Calcutta medical institutions reports 1871-78
Year: 1871
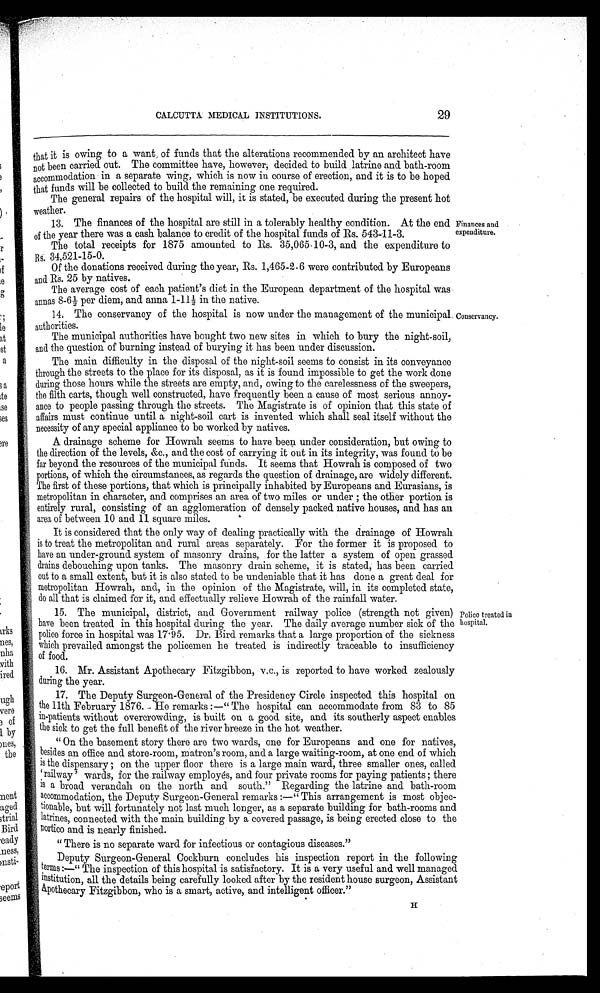
CALCUTTA MEDICAL INSTITUTIONS.
29
that it is owing to a want of funds that the alterations recommended by an architect have
not been carried out. The committee have, however, decided to build latrine and bath-room
accommodation in a separate wing, which is now in course of erection, and it is to be hoped
that funds will be collected to build the remaining one required.
The general repairs of the hospital will, it is stated, be executed during the present hot
weather .
13. The finances of the hospital are still in a tolerably healthy condition. At the end
of the year there was a cash balance to credit of the hospital funds of Rs. 543-11-3.
The total receipts for 1875 amounted to Rs. 35,065-10-3, and the expenditure to
Rs. 34,521-15-0.
Of the donations received during the year, Rs. 1,465-2-6 were contributed by Europeans
and Rs. 25 by natives.
The average cost of each patient's diet in the European department of the hospital was
annas 8-6½ per diem, and anna 1-11½ in the native.
Finances and
expenditure.
14. The conservancy of the hospital is now under the management of the municipal
authorities.
The municipal authorities have bought two new sites in which to bury the night-soil,
and the question of burning instead of burying it has been under discussion.
The main difficulty in the disposal of the night-soil seems to consist in its conveyance
through the streets to the place for its disposal, as it is found impossible to get the work done
during those hours while the streets are empty, and, owing to the carelessness of the sweepers,
the filth carts, though well constructed, have frequently been a cause of most serious annoy-
ance to people passing through the streets. The Magistrate is of opinion that this state of
affairs must continue until a night-soil cart is invented which shall seal itself without the
necessity of any special appliance to be worked by natives.
A drainage scheme for Howrah seems to have been under consideration, but owing to
the direction of the levels, &c., and the cost of carrying it out in its integrity, was found to be
far beyond the resources of the municipal funds. It seems that Howrah is composed of two
portions, of which the circumstances, as regards the question of drainage, are widely different.
The first of these portions, that which is principally inhabited by Europeans and Eurasians, is
metropolitan in character, and comprises an area of two miles or under; the other portion is
entirely rural, consisting of an agglomeration of densely packed native houses, and has an
area of between 10 and 11 square miles.
It is considered that the only way of dealing practically with the drainage of Howrah
is to treat the metropolitan and rural areas separately. For the former it is proposed to
have an under-ground system of masonry drains, for the latter a system of open grassed
drains debouching upon tanks. The masonry drain scheme, it is stated, has been carried
out to a small extent, but it is also stated to be undeniable that it has done a great deal for
metropolitan Howrah, and, in the opinion of the Magistrate, will, in its completed state,
do all that is claimed for it, and effectually relieve Howrah of the rainfall water.
Conservancy.
15. The municipal, district, and Government railway police (strength not given)
have been treated in this hospital during the year. The daily average number sick of the
police force in hospital was 17 . 95. Dr. Bird remarks that a large proportion of the sickness
which prevailed amongst the policemen he treated is indirectly traceable to insufficiency
of food.
Polico treated in
hospital.
16. Mr. Assistant Apothecary Fitzgibbon, v.c., is reported to have worked zealously
during the year.
17. The Deputy Surgeon-General of the Presidency Circle inspected this hospital on
the 11th February 1876. He remarks:—" The hospital can accommodate from 83 to 85
in-patients without overcrowding, is built on a good site, and its southerly aspect enables
the sick to get the full benefit of the river breeze in the hot weather.
"On the basement story there are two wards, one for Europeans and one for natives,
besides an office and store-room, matron's room, and a large waiting-room, at one end of which
is the dispensary; on the upper floor there is a large main ward, three smaller ones, called
'railway' wards, for the railway employés, and four private rooms for paying patients ; there
is a broad verandah on the north and south." Regarding the latrine and bath-room
accommodation, the Deputy Surgeon-General remarks :—" This arrangement is most objec-
tionable, but will fortunately not last much longer, as a separate building for bath-rooms and
latrines, connected with the main building by a covered passage, is being erected close to the
Portico and is nearly finished.
" There is no separate ward for infectious or contagious diseases."
Deputy Surgeon-General Cockburn concludes his inspection report in the following
terms:—"The inspection of this hospital is satisfactory. It is a very useful and well managed
institution, all the details being carefully looked after by the resident house surgeon, Assistant
Apothecary Fitzgibbon, who is a smart, active, and intelligent officer."